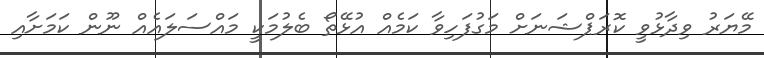
މޭޔަރު ވިދާޅުވީ ކޮރަޕްޝަނަށް މަގުފަހިވާ ކަމެއް އުޅޭތޯ ބެލުމަކީ މައްސަލައެއް ނޫން ކަމަށާއި